Annual returns of the Patna Lunatic Asylum at Bankipore in Bihar and Orissa - 1912-1924
Year: 1912
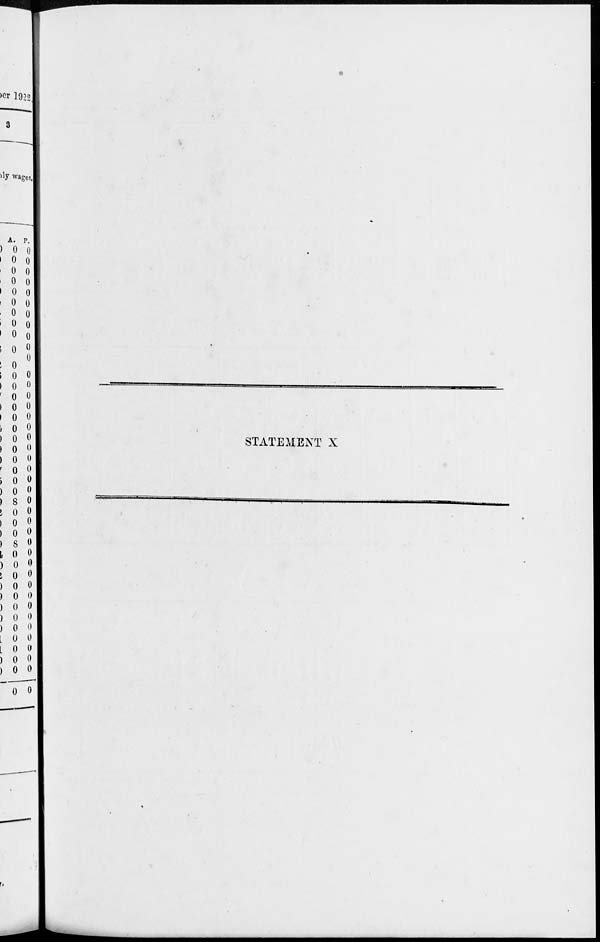
STATEMENT X